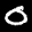
Label: 0